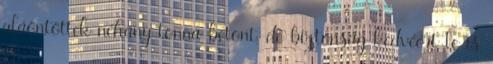
aláöntöttek néhány tonna betont, de biztonság kedvéért le is